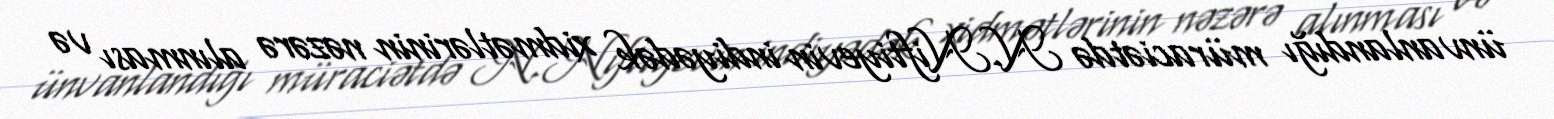
ünvanlandığı müraciətdə N.Niftiyevin indiyədək xidmətlərinin nəzərə alınması və